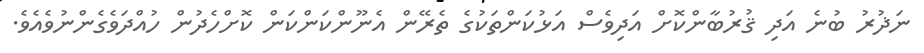
ނަޛުރު ބުނެ އަދި ޤުރުބާންކޮށް އަދިވެސް އަޅުކަންތަކުގެ ތެރޭން އެނޫންކަންކަން ކޮށްހެދުން ހުއްދަވެގެންނުވެއެވެ.